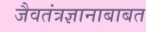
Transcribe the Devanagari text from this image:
जैवतंत्रज्ञानाबाबत